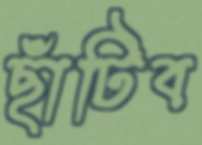
ছাঁটিব